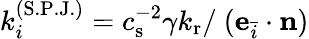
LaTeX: k_{i}^{(\mathrm{S.P.J.})}=c_{\mathrm{s}}^{-2}\gamma k_{\mathrm{r}}/\ (\mathbf{e}_{\bar{i}}\cdot\mathbf{n})